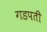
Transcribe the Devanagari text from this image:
गडपती